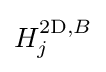
H_{j}^{2\mathrm {D} ,B}